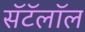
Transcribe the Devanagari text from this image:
सॅटॅलॉल